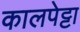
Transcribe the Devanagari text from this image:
कालपेट्टा